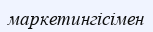
маркетингісімен